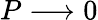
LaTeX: P\longrightarrow 0